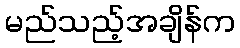
မည်သည့်အချိန်က